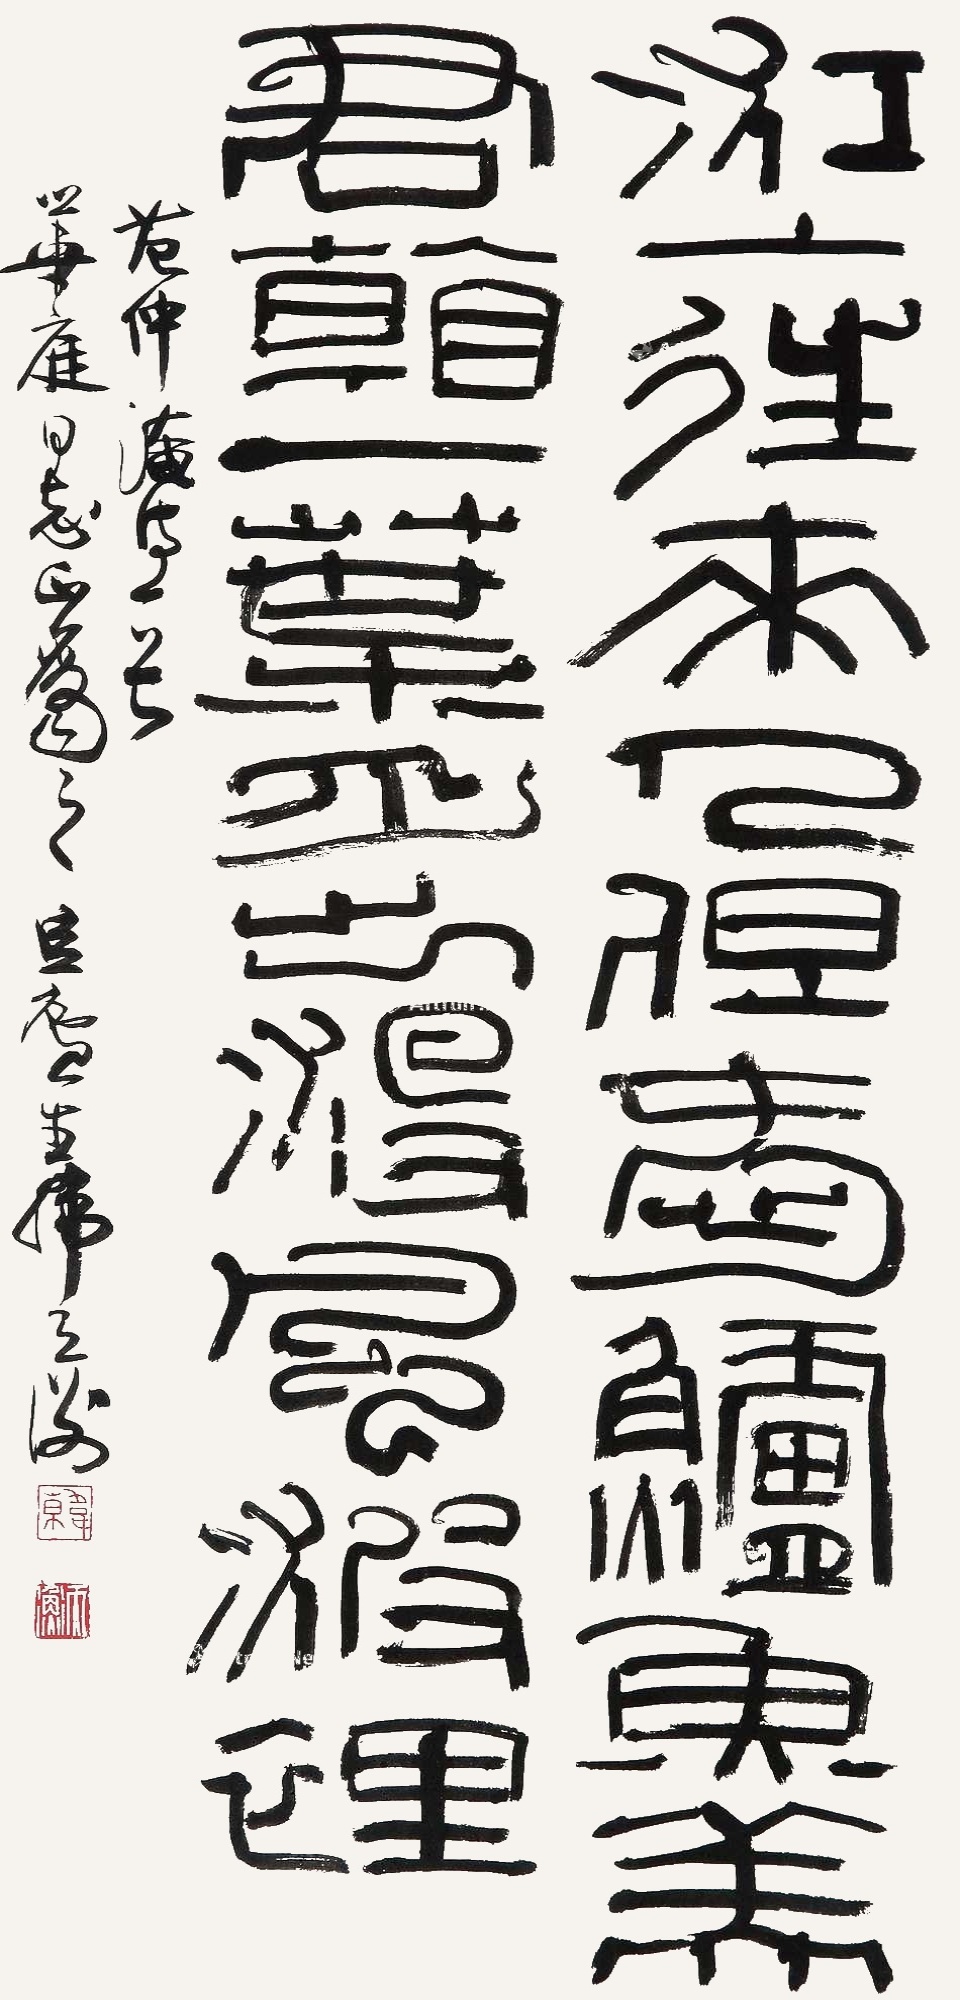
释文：江上往来人，但爱鲈鱼美。君看一叶舟，出没风波里。范仲淹诗一首。华庭同志正属之。豆庐生韩天衡。